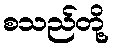
စသည်တို့